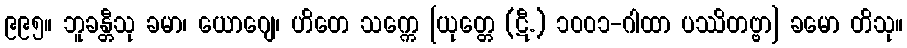
၉၉၅။ ဘူခန္တီသု ခမာ၊ ယောဂျေ၊ ဟိတေ သက္ကေ [ယုတ္တေ (ဋီ.) ၁၀၀၁-ဂါထာ ပဿိတဗ္ဗာ] ခမော တိသု။